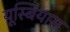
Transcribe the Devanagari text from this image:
यूस्बियास